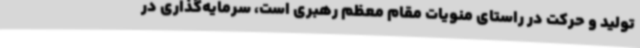
تولید و حرکت در راستای منویات مقام معظم رهبری است، سرمایه‌گذاری در